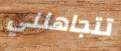
تتجاهلني